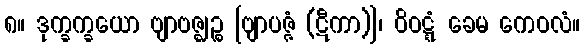
၈။ ဒုက္ခက္ခယော ဗျာဗဇ္ဈဉ္စ [ဗျာပဇ္ဇံ (ဋီကာ)]၊ ဝိဝဋ္ဋံ ခေမ ကေဝလံ။